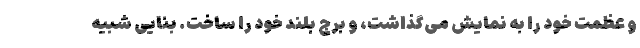
و عظمت خود را به نمایش می‌گذاشت، و برج بلند خود را ساخت. بنایی شبیه